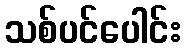
သစ်ပင်ပေါင်း